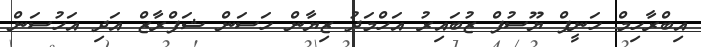
އިބްރާހިމް ހަނީފް ޔޫސުފް ޒުބައިރު އަހްމަދު ޒިޔާން ހަސަން ޝަފްރާޒް އަދި އަހުސަން